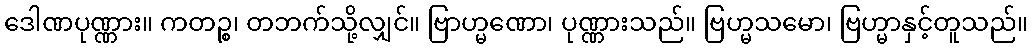
ဒေါဏပုဏ္ဏား။ ကတဉ္စ၊ တဘက်သို့လျှင်။ ဗြာဟ္မဏော၊ ပုဏ္ဏားသည်။ ဗြဟ္မသမော၊ ဗြဟ္မာနှင့်တူသည်။